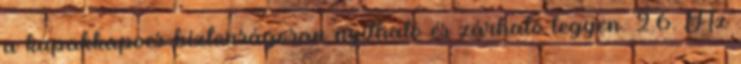
a kupakkapocs biztonságosan nyitható és zárható legyen. 2.6. Az